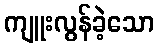
ကျူးလွန်ခဲ့သော